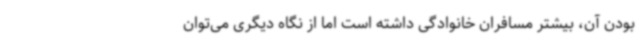
بودن آن، بیشتر مسافران خانوادگی داشته است اما از نگاه دیگری می‌توان